Indian journal of veterinary science and animal husbandry - Volume 12,
Year: 1942
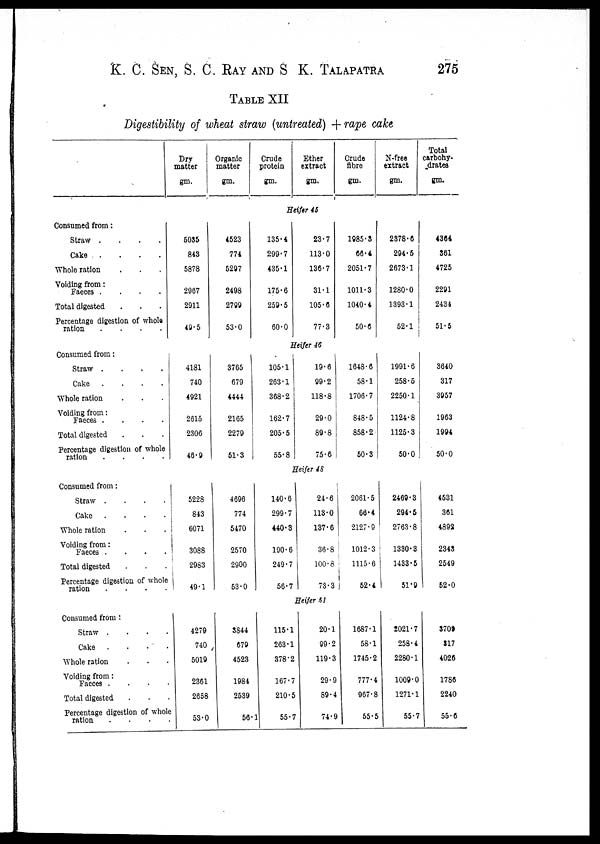
K. C. SEN, S. C. RAY AND S. K. TALAPATRA 275
TABLE XII
Digestibility of wheat straw (untreated) + rape cake
Consumed from :
Straw
.
.
.
.
Cake
.
.
.
.
Whole ration . . .
Voiding from :
Faeces
.
.
.
.
Total digested . . .
Percentage digestion of whole
ration
.
.
.
.
Consumed from :
Straw
.
.
.
.
Cake
.
.
.
.
Whole ration . . .
Voiding from :
Faeces
.
.
.
.
Total digested . . .
Percentage digestion of whole
ration
.
.
.
.
Consumed from :
Straw
.
.
.
.
Cake
.
.
.
.
Whole ration . . .
Voiding from :
Faeces
.
.
.
.
Total digested . . .
Percentage digestion of whole
ration
.
.
.
.
Consumed from :
Straw
.
.
.
.
Cake
.
.
.
.
Whole ration . . .
Voiding from :
Faeces
.
.
.
.
Total digested . . .
Percentage digestion of whole
ration . . . .
Dry
matter
gm.
Organic
matter
gm.
Crude
protein
gm.
Ether
extract
gm.
Crude
fibre
gm.
N-free
extract
gm.
Total
carbohy¬
dratea
gm.
Heifer 45
5035
843
5878
2967
2911
49.5
4523
774
5297
2498
2799
53.0
135.4
299.7
435.1
175.6
259.5
60.0
23.7
113.0
136.7
31.1
105.6
77.3
1985.3
66.4
2051.7
1011.3
1040.4
50.6
2378.6
294.5
2673.1
1280.0
1393.1
52.1
4364
361
4725
2291
2434
51.5
Heifer 46
4181
740
4921
2615
2306
46.9
3765
679
4444
2165
2279
51.3
105.1
263.1
368.2
162.7
205.5
55.8
19.6
99.2
118.8
29.0
89.8
75.6
1648.6
58.1
1706.7
848.5
858.2
50.3
1991.6
258.5
2250.1
1124.8
1125.3
50.0
3640
317
3957
1963
1994
50.0
Heifer 48
5228
843
6071
3088
2983
49.1
4696
774
5470
2570
2900
53.0
140.6
299.7
440.3
190.6
249.7
56.7
24.6
113.0
137.6
36.8
100.8
73.3
2061.5
66.4
2127.9
1012.3
1115.6
52.4
2469.3
294.5
2763.8
1330.3
1433.5
51.9
4531
361
4892
2343
2549
52.0
Heifer 51
4279
740
5019
2361
2658
53.0
3844
679
4523
1984
2539
56.1
115.1
263.1
378.2
167.7
210.5
55.7
20.1
99.2
119.3
29.9
89.4
74.9
1687.1
58.1
1745.2
777.4
967.8
55.5
2021.7
258.4
2280.1
1009.0
1271.1
55.7
3709
317
4026
1786
2240
55.6